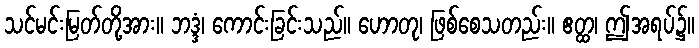
သင်မင်းမြတ်တို့အား။ ဘဒ္ဒံ၊ ကောင်းခြင်းသည်။ ဟောတု၊ ဖြစ်စေသတည်း။ ဧတ္ထ၊ ဤအရပ်၌။